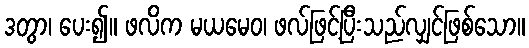
ဒတွာ၊ ပေး၍။ ဖလိက မယမေဝ၊ ဖလ်ဖြင့်ပြီးသည်လျှင်ဖြစ်သော။